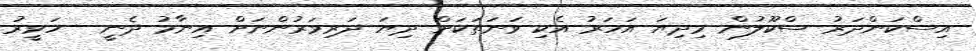
އިސްކަންދަރު ސްކޫލުން މިދިޔަ އަހަރު އެކި ވަނަތަކަށް ދިޔަ ދަރިވަރުންނަށް އިނާމު ދެނީ---ހަވީރު